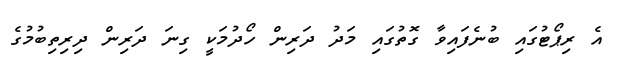
އެ ރިޕޯޓުގައި ބުނެފައިވާ ގޮތުގައި މަދު ދަރިން ހޯދުމަކީ ގިނަ ދަރިން ދިރިތިބުމުގެ